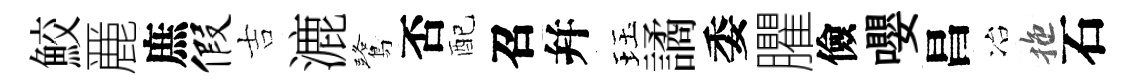
鮫䴡庶假吉漉鷺否配召幷珏譎委臞儉嚶昌冶拖石